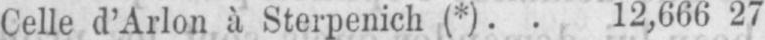
Celle d’Arlon à Sterpenich(*) .. 12,666 27